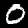
Digit: 0